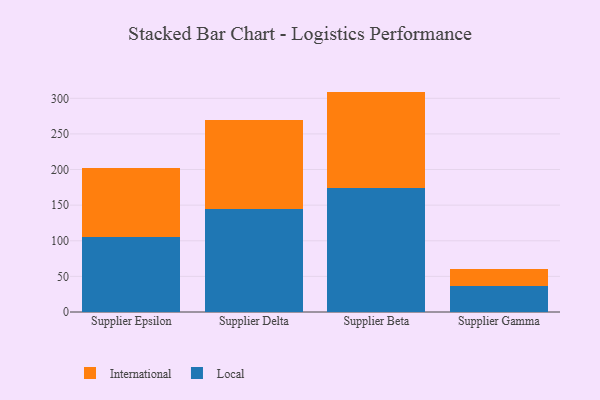
{"axis": {"x": "Supplier", "y": "Market Share (%)"}, "legend": ["International", "Local"], "data": [{"x": "Supplier Epsilon", "y": 105.4, "type": "Local"}, {"x": "Supplier Epsilon", "y": 97.2, "type": "International"}, {"x": "Supplier Delta", "y": 144.0, "type": "Local"}, {"x": "Supplier Delta", "y": 125.1, "type": "International"}, {"x": "Supplier Beta", "y": 173.7, "type": "Local"}, {"x": "Supplier Beta", "y": 135.7, "type": "International"}, {"x": "Supplier Gamma", "y": 35.9, "type": "Local"}, {"x": "Supplier Gamma", "y": 24.2, "type": "International"}]}